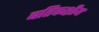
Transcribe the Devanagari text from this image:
बहिकक्षीय